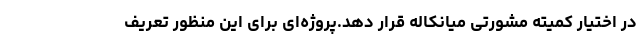
در اختیار کمیته مشورتی میانکاله قرار دهد.پروژه‌ای برای این منظور تعریف